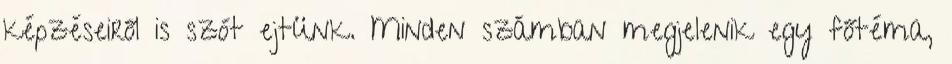
képzéseiről is szót ejtünk. Minden számban megjelenik egy főtéma,